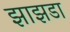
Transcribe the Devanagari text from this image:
झाझडा